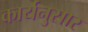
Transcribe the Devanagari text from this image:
कार्यनुसार